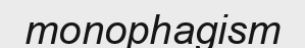
monophagism